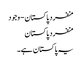
منفرد پاکستان - وجود
منفرد پاکستان
یہ پاکستان ہے۔